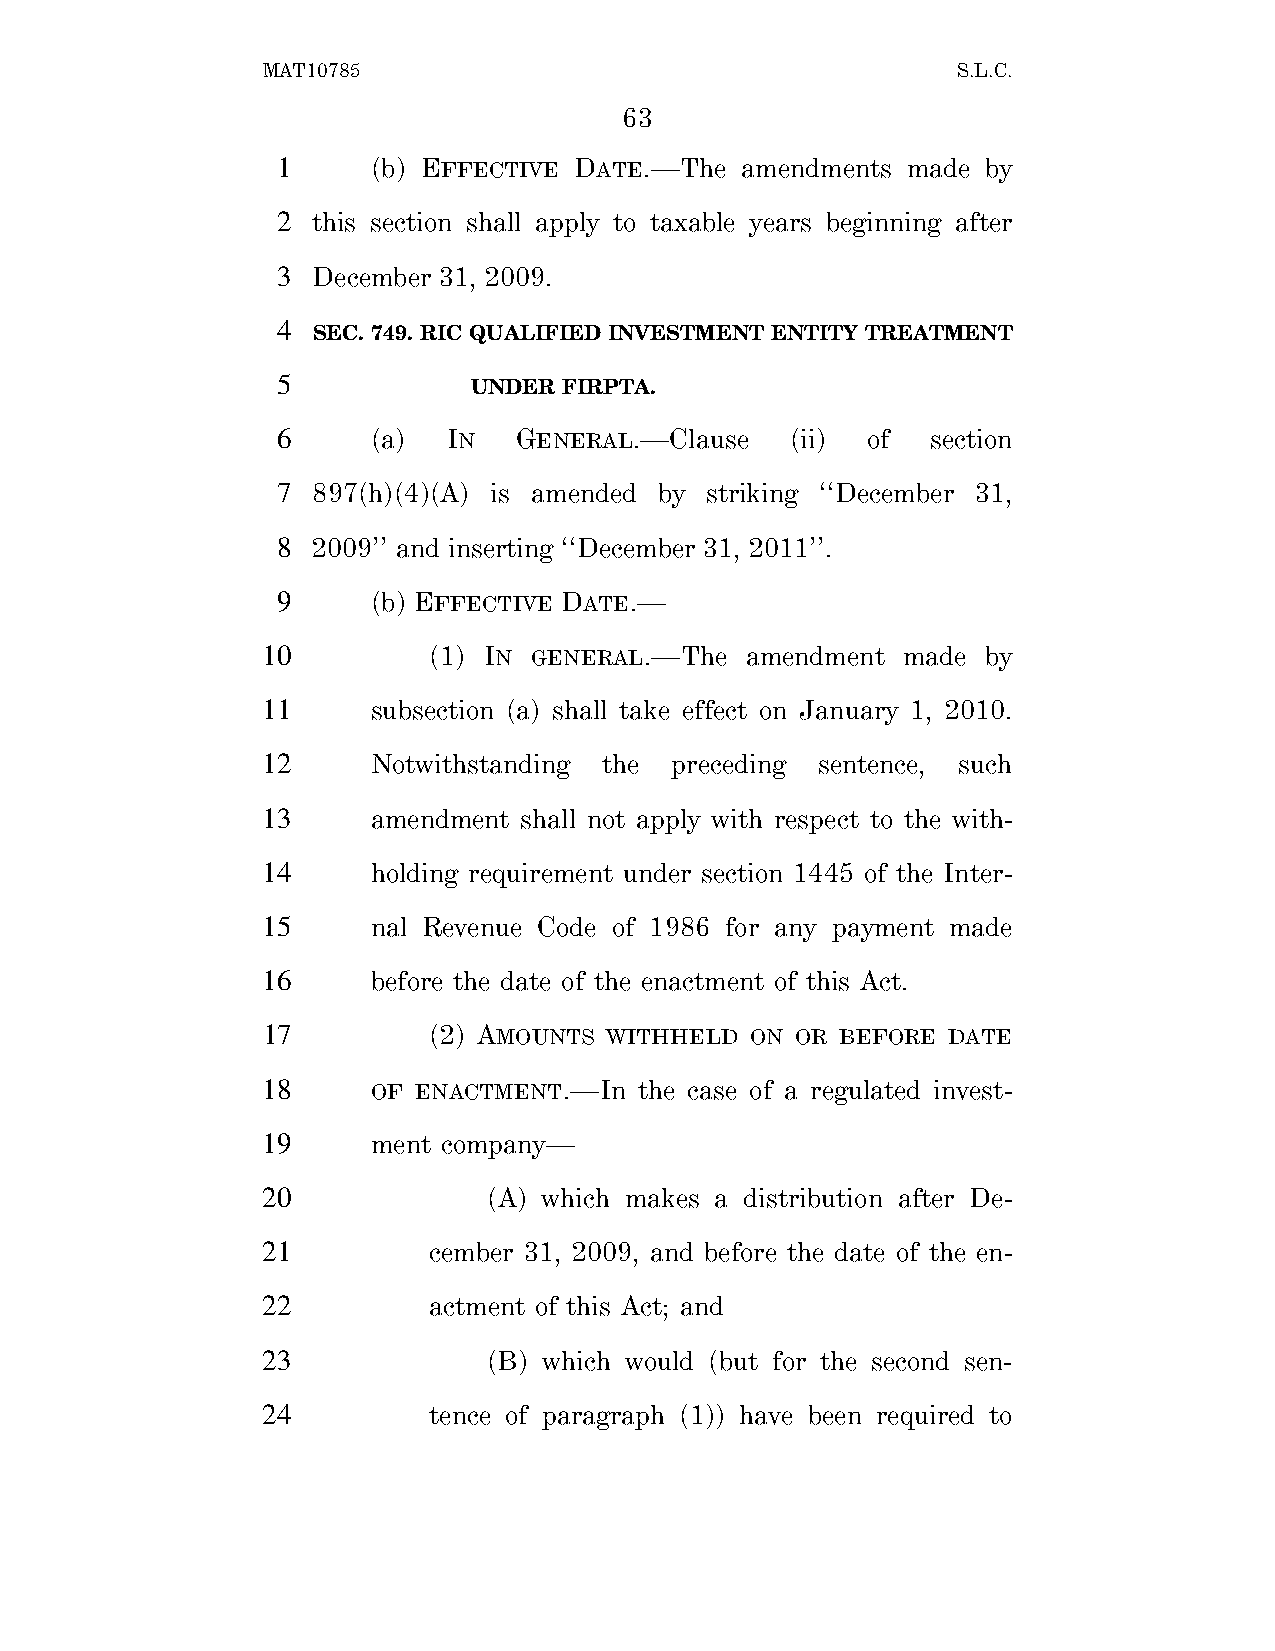
MAT10785                                      S.L.C.
 63
 1      (b) EFFECTIVE DATE.—The amendments made by
 2  this section shall apply to taxable years beginning after
 3  December 31, 2009.
 4
 SEC. 749. RIC QUALIFIED INVESTMENT ENTITY TREATMENT
 5
 UNDER FIRPTA.
 6      (a)  IN  GENERAL.—Clause   (ii) of   section
 7  897(h)(4)(A) is amended by striking ‘‘December 31,
 8  2009’’ and inserting ‘‘December 31, 2011’’.
 9      (b) EFFECTIVE DATE.—
 10         (1) IN GENERAL.—The  amendment  made by
 11      subsection (a) shall take effect on January 1, 2010.
 12      Notwithstanding the preceding sentence, such
 13      amendment shall not apply with respect to the with-
 14      holding requirement under section 1445 of the Inter-
 15      nal Revenue Code of 1986 for any payment made
 16      before the date of the enactment of this Act.
 17         (2) AMOUNTS WITHHELD  ON OR BEFORE DATE
 18      OF ENACTMENT.—In the case of a regulated invest-
 19      ment company—
 20             (A) which makes a distribution after De-
 21         cember 31, 2009, and before the date of the en-
 22         actment of this Act; and
 23             (B) which would (but for the second sen-
 24         tence of paragraph (1)) have been required to